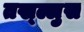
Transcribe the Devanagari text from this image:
तख्ल्लुस